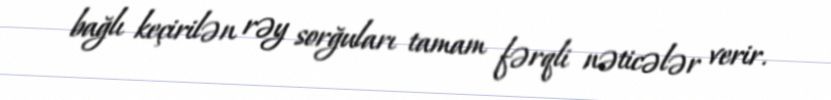
bağlı keçirilən rəy sorğuları tamam fərqli nəticələr verir.